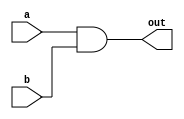
module  andport(
    input a,b,
    output out
);
    assign out = a & b;    
endmodule